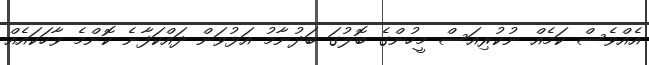
އެއްވެސް ކަމެއް ނުކުރިއަސް މީހުންގެ ބޮލުގަ ބަދުނާމު އަޅުވަން ދައްކަފާނެ ކޮންމެ ވާހަކައެއް